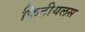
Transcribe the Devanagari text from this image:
फिटीयलस